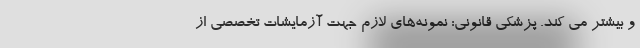
و بیشتر می کند. پزشکی قانونی: نمونه‌های لازم جهت آزمایشات تخصصی از